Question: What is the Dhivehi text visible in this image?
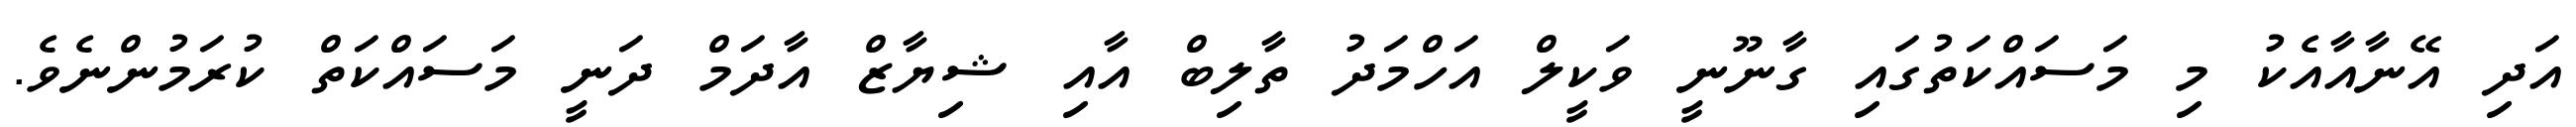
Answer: އަދި އޭނާއާއެކު މި މަސައްކަތުގައި ގާނޫނީ ވަކީލް އަހްމަދު ތާލިބް އާއި ޝިޔާޒް އާދަމް ދަނީ މަސައްކަތް ކުރަމުންނެވެ.